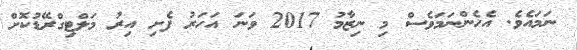
ނަމައެވެ. އެހެންނަމަވެސް މި ނިޒާމު 2017 ވަނަ އަހަރު ފެށި އިރު މަލްޓިގްރޭޑުކޮށް